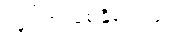
လှုပ်ရှားစေနိုင်သည်။